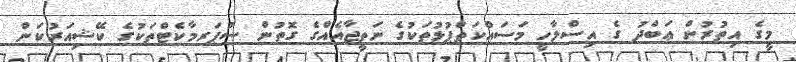
މީގެ އިތުރުން ޢަބްދު ގެ އިސްލާހީ މަސައްކަތްޕުޅުތަކުގެ ނަތީޖާއެއްގެ ގޮތުން ސުޕަރމާކެޓްތަކުގެ ކޭޝިއަރުކަން